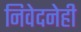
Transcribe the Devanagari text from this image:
निवेदनेही